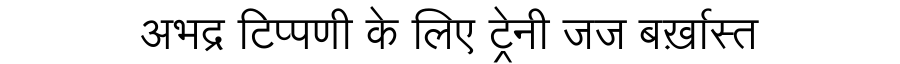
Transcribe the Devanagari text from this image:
अभद्र टिप्पणी के लिए ट्रेनी जज बर्ख़ास्त